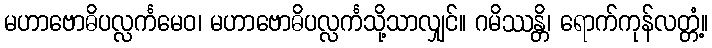
မဟာဗောဓိပလ္လင်္ကမေဝ၊ မဟာဗောဓိပလ္လင်္ကသို့သာလျှင်။ ဂမိဿန္တိ၊ ရောက်ကုန်လတ္တံ့။